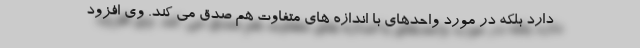
دارد بلکه در مورد واحدهای با اندازه های متفاوت هم صدق می کند. وی افزود